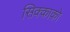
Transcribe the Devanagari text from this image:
सिक्काको